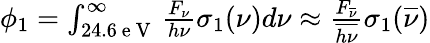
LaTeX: \begin{array}{r}{\phi_{1}=\int_{24.6\mathrm{~e~V~}}^{\infty}\frac{F_{\nu}}{h\nu}\sigma_{1}(\nu)d\nu\approx\frac{F_{\overline{{\nu}}}}{\overline{{h\nu}}}\sigma_{1}(\overline{{\nu}})}\end{array}